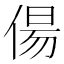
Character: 偒